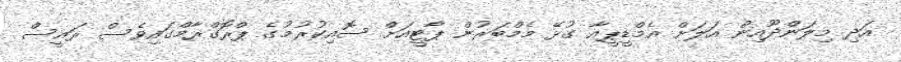
އަދި މިލަންދޫއިން އަލަށް އެމްޑީޕީއާ ގުޅޭ މެމްބަރުން ޕާޓީއަށް ސޮއިކުރުމުގެ ޕްރޮގްރާމްގައިވެސް ރައީސް